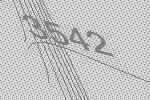
3542